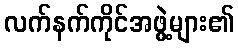
လက်နက်ကိုင်အဖွဲ့များ၏